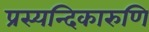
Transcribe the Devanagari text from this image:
प्रस्यन्दिकारुणि